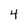
Character: 4